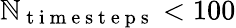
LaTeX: \mathbb{N}_{\mathrm{{~t~i~m~e~s~t~e~p~s~}}}<100